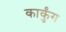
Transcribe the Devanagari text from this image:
कार्कुंग